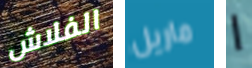
الفلاش ماريل ا